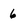
Character: 6